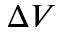
\Delta V